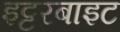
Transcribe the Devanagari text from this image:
इट्टरबाइट